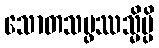
သောတသမ္ဖဿသ္မိမ္ပိ